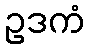
ဥဒကံ